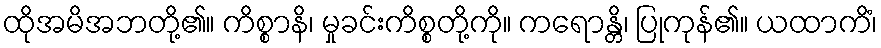
ထိုအမိအဘတို့၏။ ကိစ္စာနိ၊ မှုခင်းကိစ္စတို့ကို။ ကရောန္တိ၊ ပြုကုန်၏။ ယထာကိံ၊